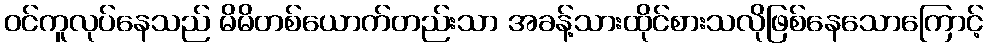
ဝင်ကူလုပ်နေသည် မိမိတစ်ယောက်တည်းသာ အခန့်သားထိုင်စားသလိုဖြစ်နေသောကြောင့်